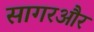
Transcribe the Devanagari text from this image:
सागरऔर